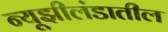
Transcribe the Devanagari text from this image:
न्यूझीलंडातील